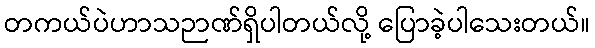
တကယ်ပဲဟာသဉာဏ်ရှိပါတယ်လို့ ပြောခဲ့ပါသေးတယ်။